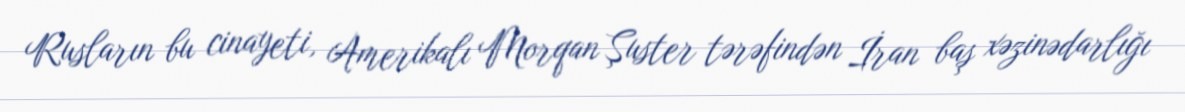
Rusların bu cinayeti, Amerikalı Morqan Şuster tərəfindən İran baş xəzinədarlığı